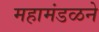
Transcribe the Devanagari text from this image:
महामंडळने